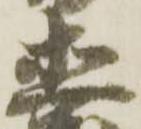
直